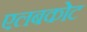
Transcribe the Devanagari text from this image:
एलबकोट